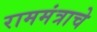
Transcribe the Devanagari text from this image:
राममंत्राचे